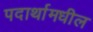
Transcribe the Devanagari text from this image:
पदार्थामधील